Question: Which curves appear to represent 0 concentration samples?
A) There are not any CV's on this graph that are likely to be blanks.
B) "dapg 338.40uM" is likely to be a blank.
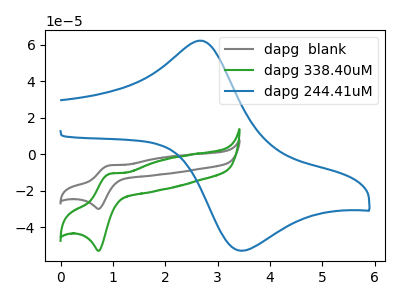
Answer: <think>The gray curve "dapg  blank" has an anodic peak at (0.95V, -6.10uA) and a cathodic peak at (0.75V, -29.95uA). The green curve "dapg 338.40uM" has an anodic peak at (0.95V, -10.75uA) and a cathodic peak at (0.75V, -52.90uA). The blue curve "dapg 244.41uM" has an anodic peak at (2.70V, 62.30uA) and a cathodic peak at (3.45V, -52.90uA).</think>
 <answer>A) There are not any CV's on this graph that are likely to be blanks.</answer>
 <eval>A</eval>